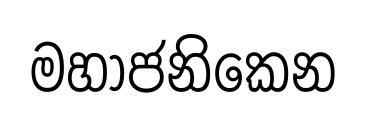
මහාජනිකෙන